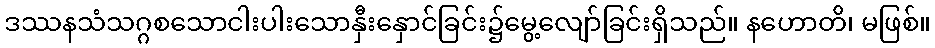
ဒဿနသံသဂ္ဂစသောငါးပါးသောနှီးနှောင်ခြင်း၌မွေ့လျော်ခြင်းရှိသည်။ နဟောတိ၊ မဖြစ်။